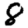
Digit: 8